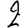
Digit: 2